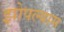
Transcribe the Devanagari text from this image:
झोपल्यास